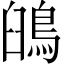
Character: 䳎